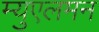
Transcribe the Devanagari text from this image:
म्युएलमन